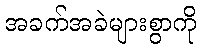
အခက်အခဲများစွာကို